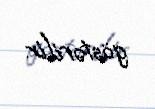
göstərilir.